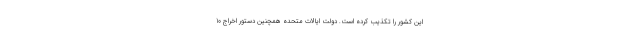
این کشور را تکذیب کرده است. دولت ایالات متحده همچنین دستور اخراج 10